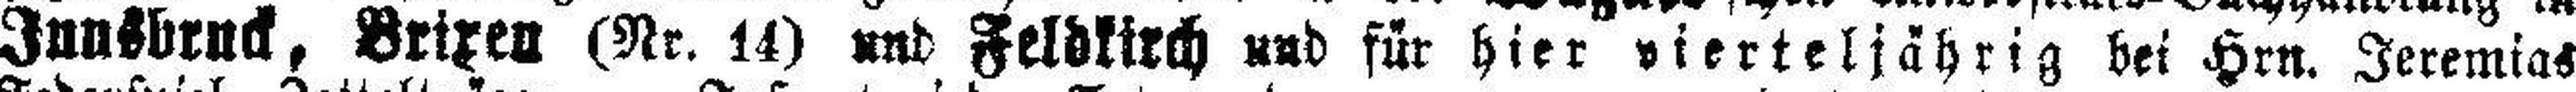
Innsbruck, Brixen (Nr. 14) und Feldkirch und für hier vierteljährig bei Hrn. Jeremias